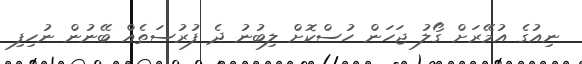
ނިއުގެ އުމޭރަށް ގޯލު ޖަހަން ހުސްކޮށް ލިބުނު ދެ ފުރުސަތެއް ބޭނުން ނުހިފި